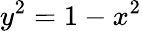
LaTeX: y^{2}=1-x^{2}